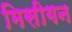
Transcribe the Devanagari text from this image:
मिसीगन